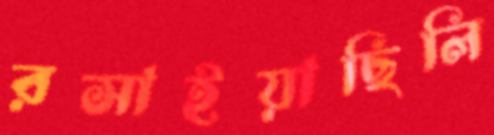
রসাইয়াছিলি